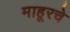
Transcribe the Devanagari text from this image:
माहूरचे